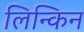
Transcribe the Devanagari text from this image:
लिन्किन